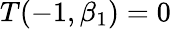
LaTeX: T(-1,\beta_{1})=0